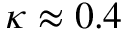
\kappa \approx 0 . 4